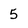
Character: 5